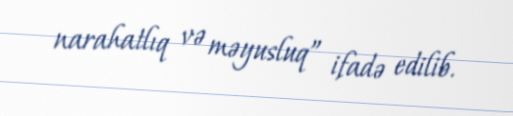
narahatlıq və məyusluq” ifadə edilib.